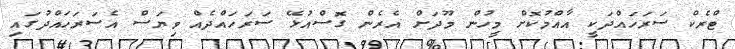
ޓްރެކް ސަރަހައްދަކީ އާއްމުކޮށް މީހުން މޫދަށް އެރެން ގޮސްއުޅޭ ސަރަހައްދެއް ވިޔަސް އެސަރަހައްދުގައި